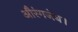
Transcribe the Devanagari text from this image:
औरंगजेब।